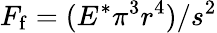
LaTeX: F_{\mathrm{f}}=({E^{*}\pi^{3}r^{4}})/{s^{2}}